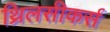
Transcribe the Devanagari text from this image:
थ्रिलसीकर्स